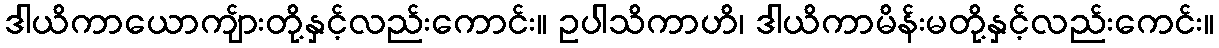
ဒါယိကာယောကျ်ားတို့နှင့်လည်းကောင်း။ ဥပါသိကာဟိ၊ ဒါယိကာမိန်းမတို့နှင့်လည်းကေင်း။